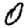
Digit: 0